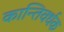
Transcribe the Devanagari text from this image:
कान्तिवर्धक